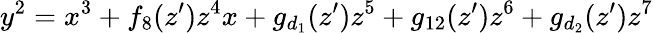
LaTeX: y^{2}=x^{3}+f_{8}(z^{\prime})z^{4}x+g_{d_{1}}(z^{\prime})z^{5}+g_{12}(z^{\prime})z^{6}+g_{d_{2}}(z^{\prime})z^{7}